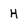
Character: H